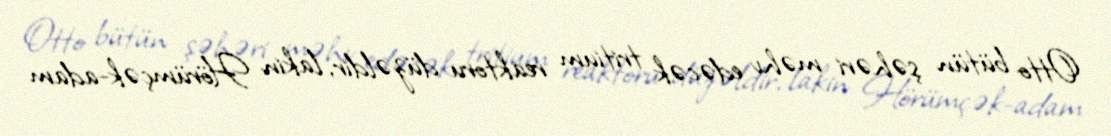
Otto bütün şəhəri məhv edəcək tritium reaktoru düzəldir, lakin Hörümçək-adam